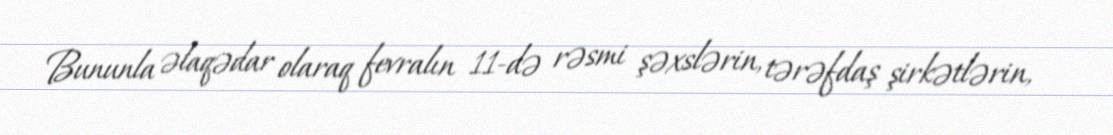
Bununla əlaqədar olaraq fevralın 11-də rəsmi şəxslərin, tərəfdaş şirkətlərin,